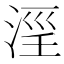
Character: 𣶖